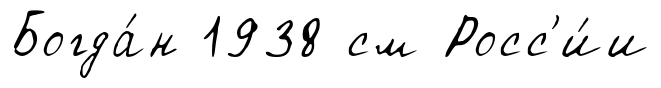
Богда́н 1938 см Росс'и́и